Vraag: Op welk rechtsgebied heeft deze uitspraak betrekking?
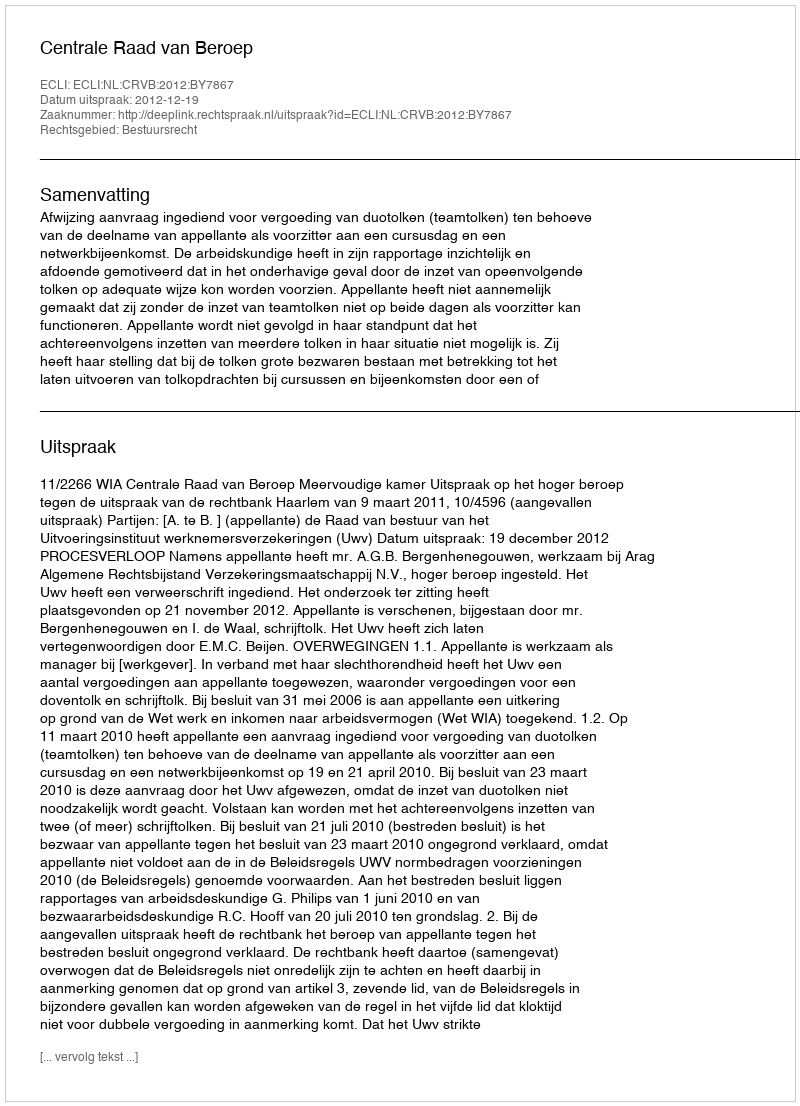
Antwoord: Bestuursrecht